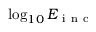
\log _ { 1 0 } E _ { \mathrm { ~ i ~ n ~ c ~ } }